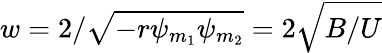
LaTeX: w=2/\sqrt{-r\psi_{m_{1}}\psi_{m_{2}}}=2\sqrt{B/U}